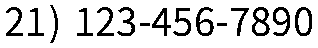
21) 123-456-7890